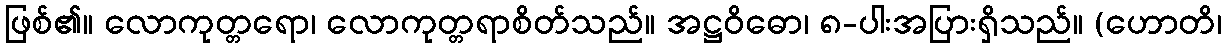
ဖြစ်၏။ လောကုတ္တရော၊ လောကုတ္တရာစိတ်သည်။ အဋ္ဌဝိဓော၊ ၈-ပါးအပြားရှိသည်။ (ဟောတိ၊